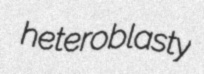
heteroblasty